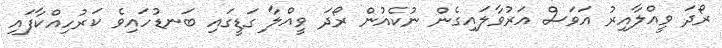
ރޯދަ ވީއްލާއިރު އަވަސް އަރުވާލައިގެން ނުކެއުން ރޯދަ ވީއްލާ ގަޑީގައި ބަނޑުހައިވެ ކަރުހިއްކާފައި